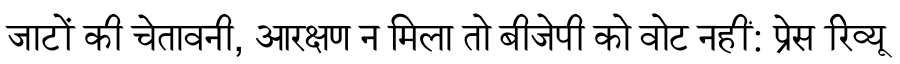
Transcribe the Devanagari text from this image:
जाटों की चेतावनी, आरक्षण न मिला तो बीजेपी को वोट नहीं: प्रेस रिव्यू